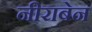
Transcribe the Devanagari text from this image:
नीराबेन